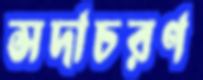
সদাচরণ